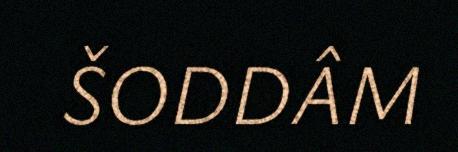
ŠODDÂM